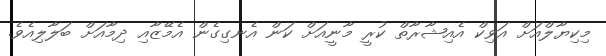
މިކިޔާލްއަށް އަވިކް އެއިޝާރާތް ކުރީ މާނީއަށް ކަން އެނގިގެން އެމޭޒާއި ދިމާއަށް ބަލާލިއެވެ.